Report on vaccination in Madras 1895-1903 - 1895-1903
Year: 1895
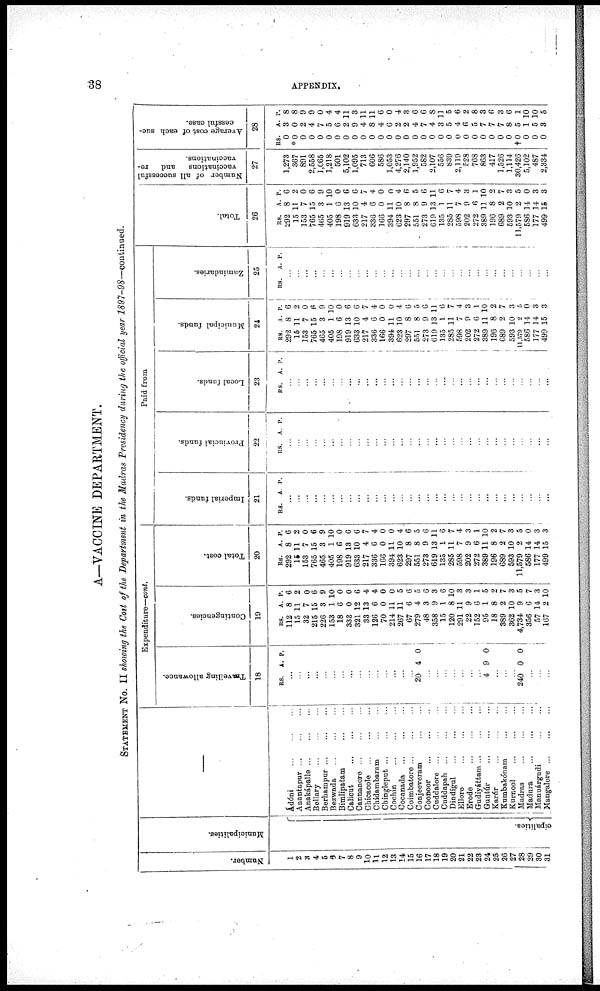
38
APPENDIX.
A—VACCINE DEPARTMENT.
STATEMENT NO. II showing the Cost of the Department in the Madras Presidency during the official year 1897-98—continued.
Number.
1
2
3
4
5
9
7
8
9
10
11
12
13
14
15
16
17
18
19
20
21
22
23
24
25
26
27
28
29
80
31
Municipalities.
cipalities.
Ádóni...
...
...
Anantapur...
...
...
Anakápalle...
...
...
Bellary...
...
...
Berhampur...
...
...
Bezwada...
...
...
Bimlipatam...
...
Calicut...
...
...
Cannanore...
...
...
Chicacole...
...
...
Chidambaram...
...
Chingleput... ... ...
Cochin...
...
...
Cocanada...
...
...
Coimbatore...
...
...
Conjeeveram...
...
Coonoor...
...
...
Cuddalore...
...
...
Cuddapah...
...
...
Dindigul...
...
...
Ellore...
...
...
Erode...
...
...
Gudiyáttam...
...
...
Guntúr...
...
...
Karúr...
...
...
Kumbakónam...
...
Kurnool...
...
...
Madras...
...
...
Madura...
...
...
Manuárgudi...
...
Mangalore...
...
...
Expenditur
Travelling allowance.
18
RS. A. P.
...
...
...
...
...
...
...
...
...
...
...
...
...
...
...
20 4 0
...
...
...
...
...
...
...
4 9 0
...
...
...
240 0 0
...
...
...
Contingencies.
19
RS.
112
15
32
215
226
153
18
332
321
33
126
70
214
267
67
279
48
358
15
120
291
22
152
95
18
389
362
4,734
356
57
167
e—c
A.
8
11
7
15
3
1
6
0
12
13
6
0
11
11
6
4
3
9
1
8
11
9
6
1
8
2
10
9
6
14
2
cont.
P.
6
2
0
6
9
10
0
0
6
4
4
0
0
5
6
5
6
3
6
10
3
3
1
5
2
7
3
5
7
3
10
Total cost.
20
RS.
292
15
153
765
465
405
198
919
633
217
336
166
394
623
297
551
273
619
135
285
598
202
272
389
196
689
593
11,579
586
177
499
A.
8
11
7
15
3
1
6
13
10
4
6
0
11
10
8
8
9
13
1
11
7
9
6
11
8
2
10
2
14
14
15
P.
6
2
0
6
9
10
0
6
6
7
4
0
0
4
6
5
6
11
6
7
4
3
1
10
2
7
3
5
0
3
3
Paid from
Imperial funds.
21
RS. A. P.
...
...
...
...
...
...
...
...
...
...
...
...
...
...
...
...
...
...
... ...
...
...
...
...
...
...
...
...
...
...
...
Provincial funds.
22
RS. A. P.
...
...
...
...
...
...
...
...
...
...
...
...
...
...
...
...
...
...
...
...
...
...
...
...
...
...
...
...
...
...
...
Local funds.
23
RS. A. P.
...
...
...
...
...
...
...
...
...
...
...
...
...
...
...
...
...
...
...
...
...
...
...
...
...
...
...
...
...
...
...
Municipal funds.
24
RS.
292
15
153
765
465
405
198
919
633
217
336
166
394
623
297
551
273
619
135
285
598
202
272
389
196
689
593
11,579
586
177
499
A.
8
11
7
15
3
1
6
13
10
4
6
0
11
10
8
8
9
13
1
11
7
9
6
11
8
2
10
2
14
14
15
P.
6
2
0
6
9
10
0
6
6
7
4
0
0
4
6
5
6
11
6
7
4
3
1
10
2
7
3
5
0
3
3
Zamindaries.
25
RS. A. P.
...
...
...
...
...
...
...
...
...
...
...
...
...
...
...
...
...
...
...
...
...
...
...
...
...
...
...
...
...
...
...
Total.
26
RS.
292
15
153
765
465
405
198
919
633
217
336
166
394
623
297
551
273
619
135
285
598
202
272
389
196
689
593
11,579
586
177
499
A.
8
11
7
15
3
1
6
13
10
4
6
0
11
10
8
8
9
13
1
11
7
9
6
11
8
2
10
2
14
14
15
P.
6
2
0
6
9
10
0
6
6
7
4
0
0
4
6
5
6
11
6
7
4
3
1
10
2
7
3
5
0
3
3
Number of all successful
vaccinations
and re-
vaccinations.
27
1,273
367
891
2,558
1,065
1,218
501
5,102
1,095
713
606
586
1,053
4,276
2,140
1,952
582
2,107
556
839
2,119
528
768
863
417
1,526
1,114
30,426
5,102
487
2,334
Average cost of each suc-
cessful case.
28
RS.
0
*0
0
0
0
0
0
0
0
0
0
0
0
0
0
0
0
0
0
0
0
0
0
0
0
0
0
† 0
0
0
0
A.
3
0
2
4
7
5
6
2
9
4
8
4
6
2
2
4
7
4
3
5
4
6
5
7
7
7
8
5
1
5
3
P.
8
8
9
9
0
4
4
11
3
11
11
6
0
4
3
6
6
8
11
5
6
2
8
3
6
3
6
1
10
10
5